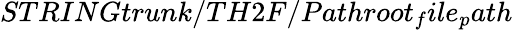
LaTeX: STRINGtrunk/TH2F/Pathroot_{f}ile_{p}ath